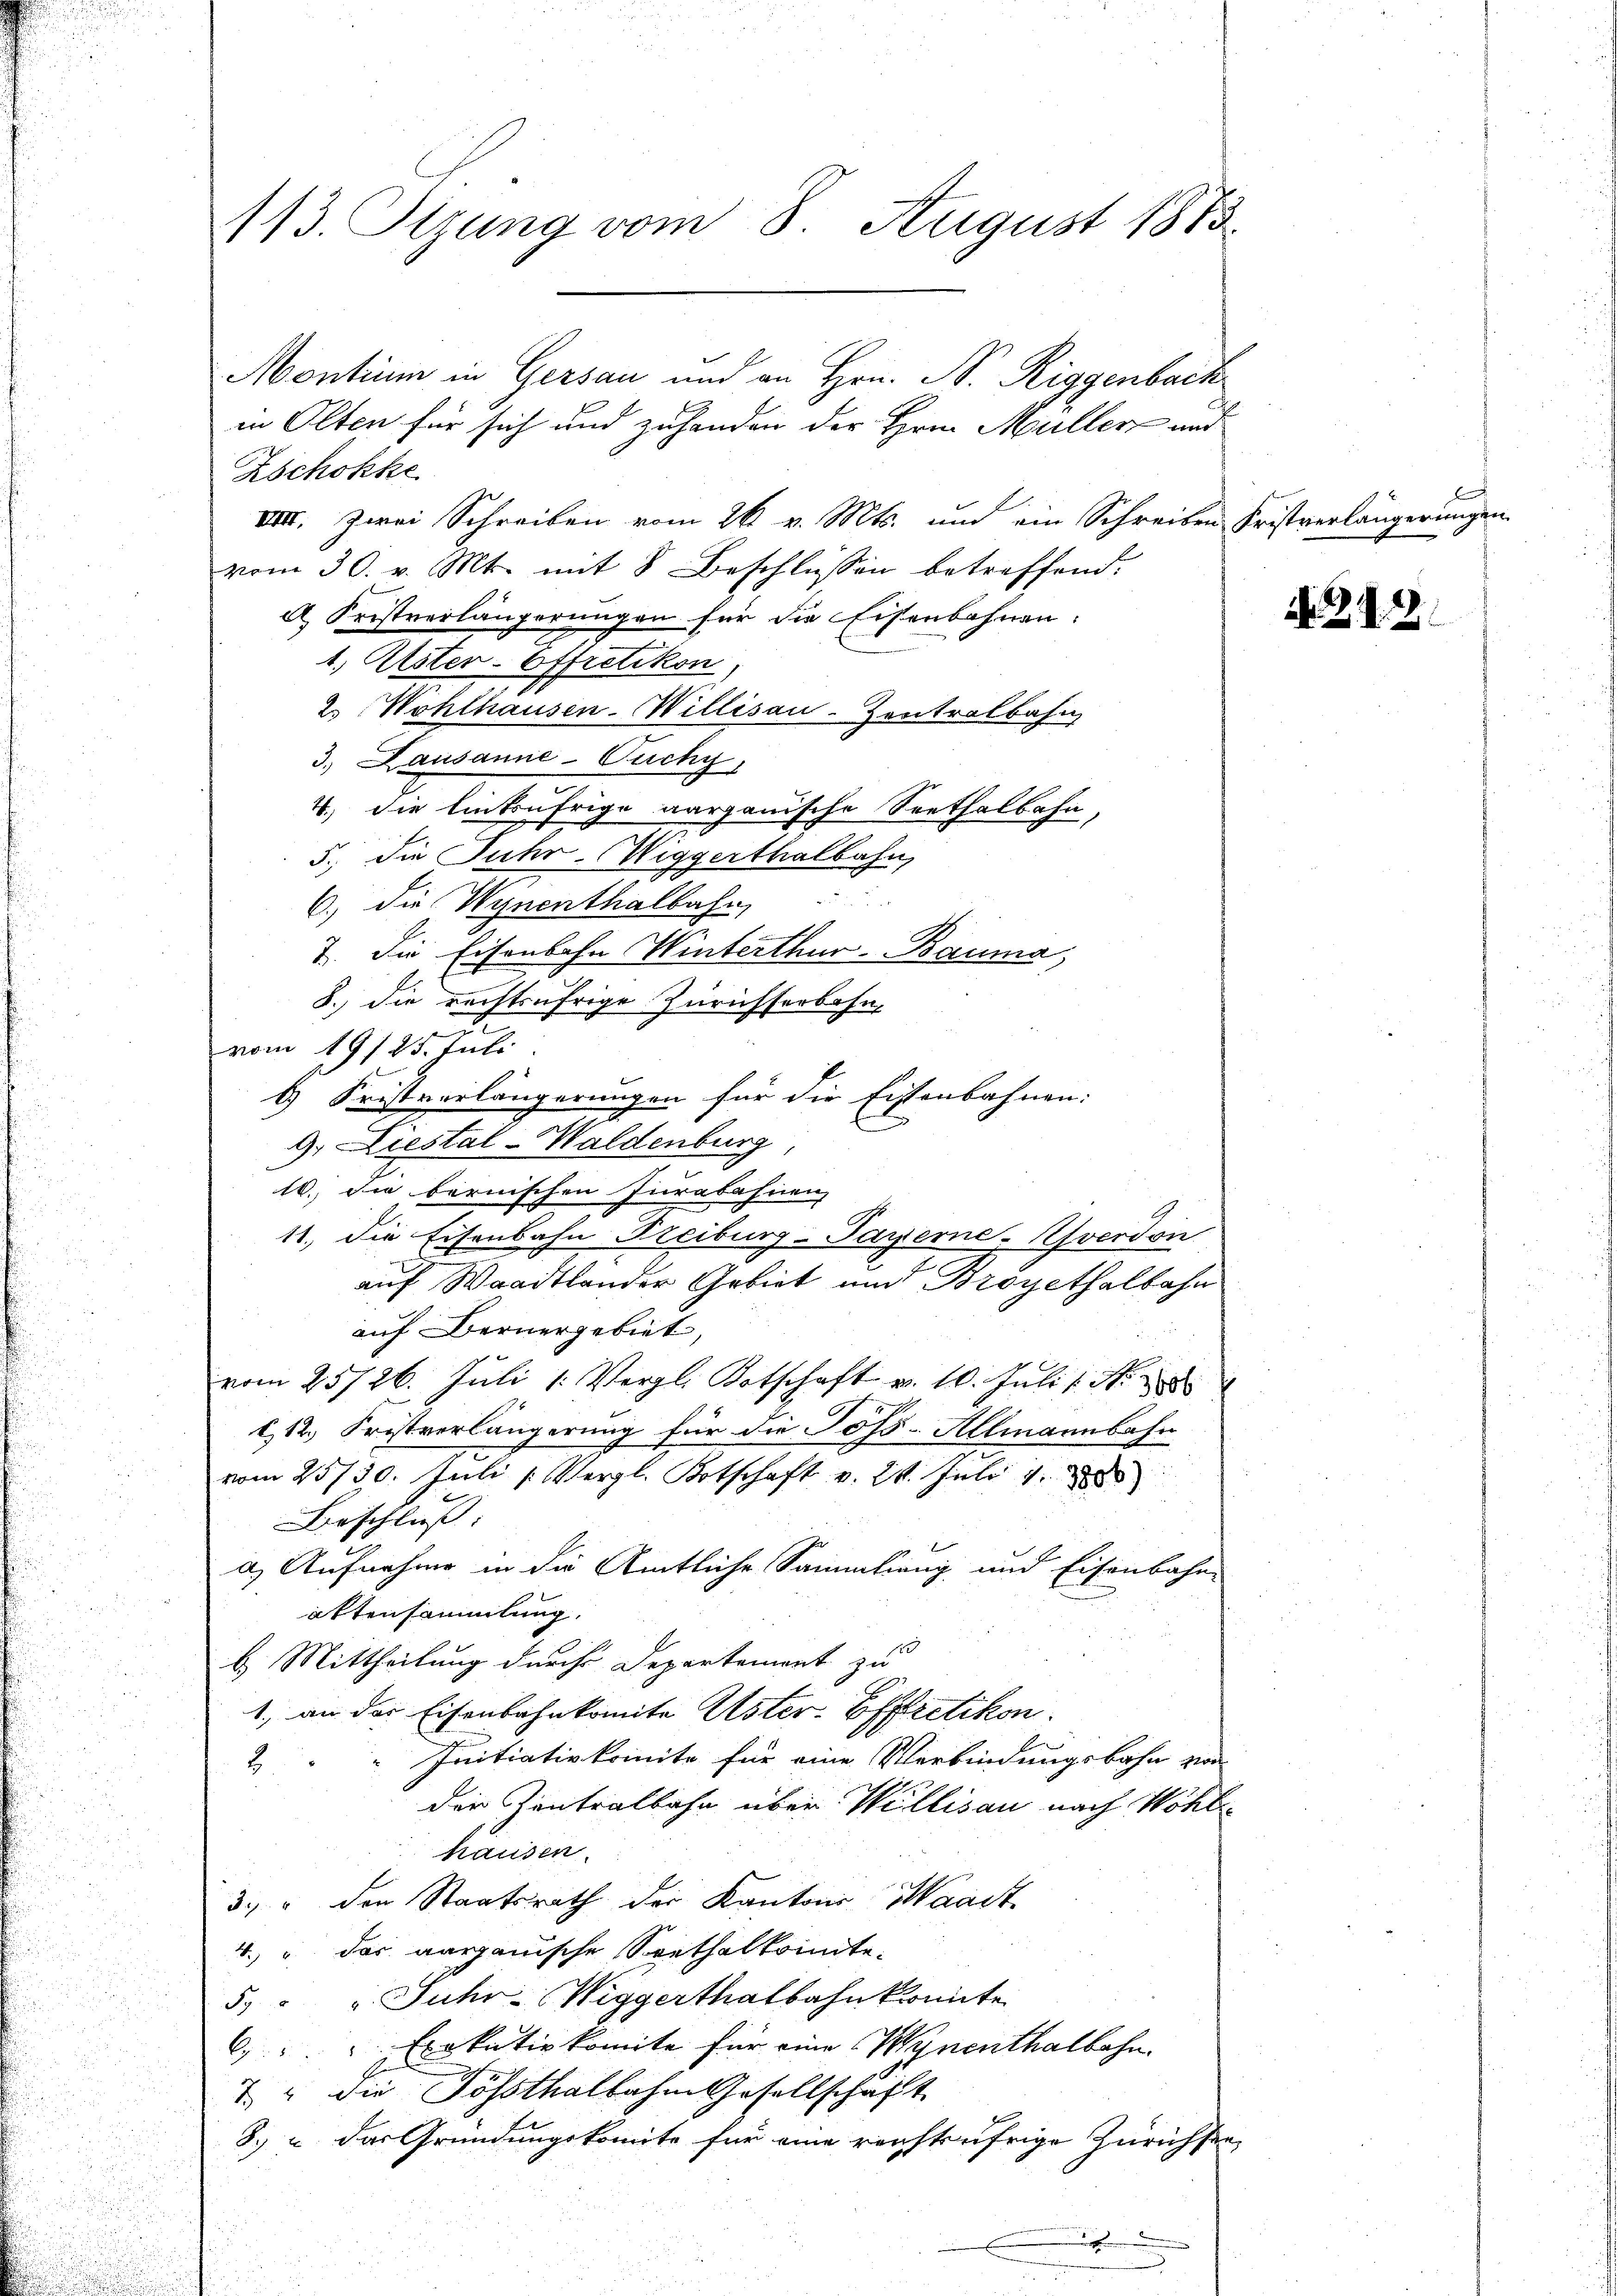
113. Sizung vom 8. August 1873.

Montium in Gersau und an Hrn. N. Riggenback
in Olten für sich und zuhanden der Hrn. Müller und
Zschokke
VIII. Zwei Schreiben vom 26. v. Mts. und ein Schreiben Fristverlängerungen
vom 30. v. Mts. mit 8 Beschlüssen betreffend:
A. Fristverlängerungen für die Eisenbahnen:
1., Ester-Offretikon
2. Wohlhausen-Willisau-Zentralbahn
3.) Lausanne-Fuchy,
4., die linkufrige aargauische Seethalbahn,
5., die Fuhr-Wiggerthalbahn,
6.) die Wynenthalbahn,
7. Die Eisenbahn Winterthur–Bauma,
8.) Die rechtsufrige Zürichserbahn,
e
vom 19/25. Juli
b.) Fristverlängerungen für die Eisenbahnen:
g. Liestal-Waldenburg
10. Die bernischen Jurabahnen
11. die Eisenbahn Freiburg-Payerne-Afverdon
auf Waadtlander Gebiet und Broyethalbahn
auf Bernergebiet,
vom 25/26. Juli 1: Vergl. Kotschaft v. 10. Juli l. N.
612. Fristverlängerung für die Joss-Allmannbahn
vom 25730. Juli  Vergl. Botschaft v. 24. Juli 18
Beschluss
a) Aufnahme in die Amtliche Sammlung und Eisenbahn-
attensammlung.
b. Mittheilung durch Departement zu
1. an der Eisenbahnkomite Uster- Effretikon.
Initiativkomite für eine Verbindungsbahn von
2
der Zentralbahn über Willisau nach Wohle
hausen.
3. " den Staatsrath der Kantons Waadt
4.  das aargauische Seethalkomite.
5. " " Juhr- Wiggerthalbahnkomite
6 " " Exekutivkomite für eine Wynenthalbahn.
7 " die Sössthalbahn Gesellschaft
8. u das Gründungskomite für eine rechtsufrige Zürichten,

N. Z. 12.